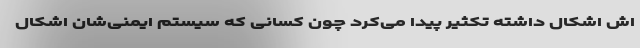
اش اشکال داشته تکثیر پیدا می‌کرد چون کسانی که سیستم ایمنی‌شان اشکال